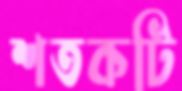
শতকটি